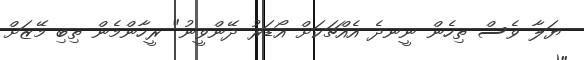
ޔަލާ ވެސް ތިހެން ނީނދެ އެއްޗަކަށް އޯޑަރު ދޭންވީނު" ރީހާންމެން ތިބި މޭޒަށް